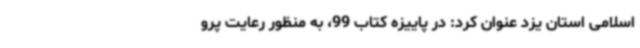
اسلامی استان یزد عنوان کرد: در پاییزه کتاب 99، به منظور رعایت پرو